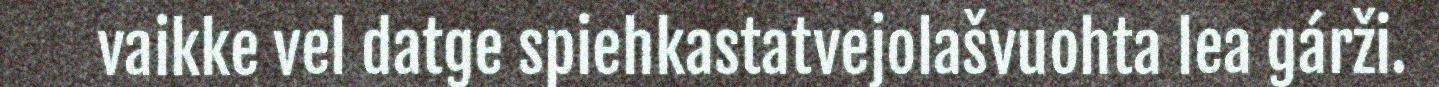
vaikke vel datge spiehkastatvejolašvuohta lea gárži.